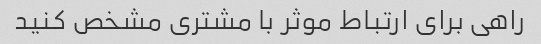
راهی برای ارتباط موثر با مشتری مشخص کنید